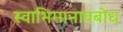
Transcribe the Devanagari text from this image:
स्वाभिमानावबोध